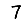
Digit: 7